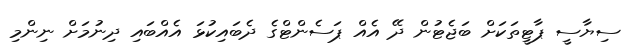
ސިޔާސީ ޕާޓީތަކަށް ބަޖެޓުން ދޭ އެއް ޕަސެންޓްގެ ދެބައިކުޅަ އެއްބައި ދިނުމަށް ނިންމި